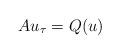
LaTeX: \begin{align*}Au_\tau=Q(u)\end{align*}